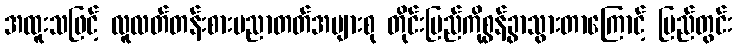
အထူးသဖြင့် လူလတ်တန်းစားပညာတတ်အများစု တိုင်းပြည်ကိုစွန့်ခွာသွားတာကြောင့် ပြည်တွင်း